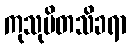
ကုသုမိတသိခရာ